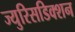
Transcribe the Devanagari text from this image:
ज्युरिसडिक्शन